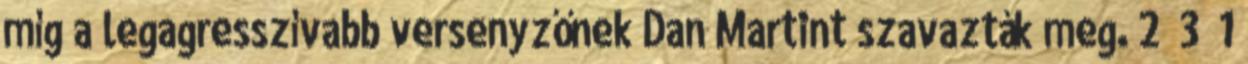
míg a legagresszívabb versenyzőnek Dan Martint szavazták meg. 2 3 1